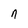
Character: n